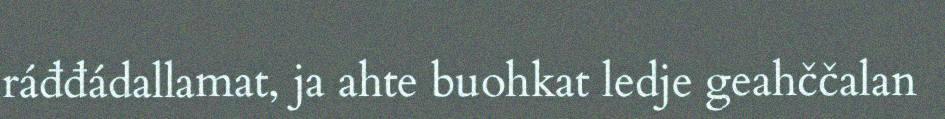
ráđđádallamat, ja ahte buohkat ledje geahččalan